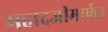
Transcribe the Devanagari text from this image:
महादजीमार्फत